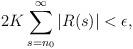
LaTeX: \begin{align*} 2K\sum_{s=n_0}^{\infty}|R(s)|<\epsilon, \end{align*}